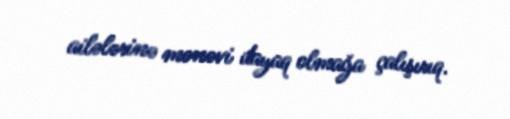
ailələrinə mənəvi dayaq olmağa çalışırıq.